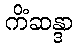
ကိံဆန္ဒာ